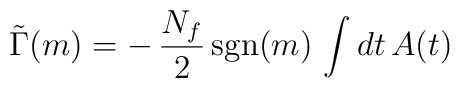
\tilde\Gamma(m)=-\,\frac{N_f}{2}\,{\rm sgn}(m)\,\int dt\,A(t)